Civil Veterinary Dept. Bombay admin report 1907-1913 - 1907-1913
Year: 1907
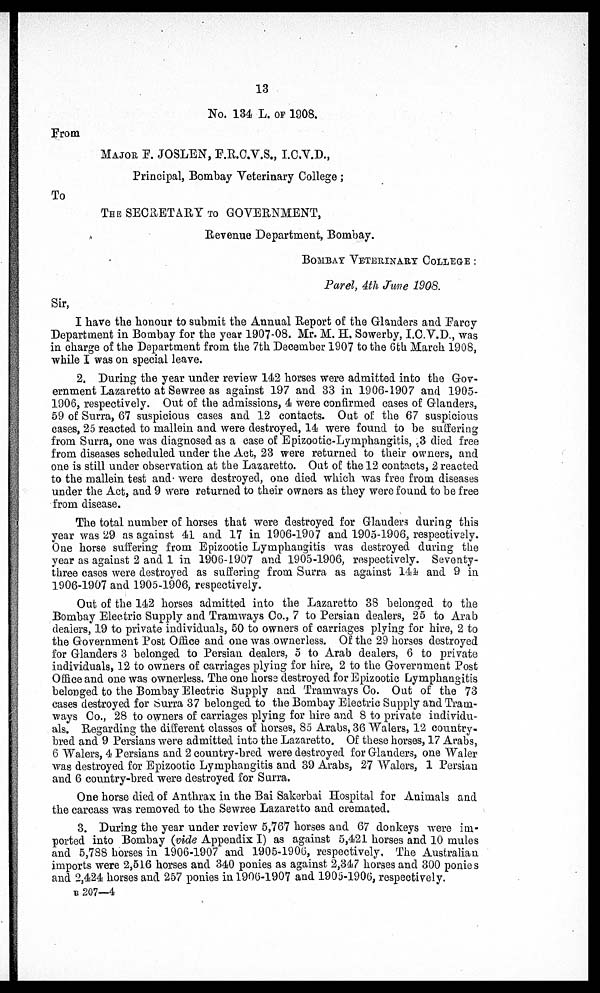
13
No. 134 L. OF 1908.
Prom
MAJOR E. JOSLEN, F.R.C.V.S., I.C.V.D.,
Principal, Bombay Veterinary College;
To
THE SECRETARY TO GOVERNMENT,
Revenue Department, Bombay.
BOMBAY VETERINARY COLLEGE:
Parel, 4th June 1908.
Sir,
I have the honour to submit the Annual Report of the Glanders and Farcy
Department in Bombay for the year 1907-08. Mr. M. H. Sowerby, I.C.V.D., was
in charge of the Department from the 7th December 1907 to the 6th March 1908,
while I was on special leave.
2. During the year under review 142 horses were admitted into the Gov-
ernment Lazaretto at Sewree as against 197 and 33 in 1906-1907 and 1905-
1906, respectively. Out of the admissions, 4 were confirmed cases of Glanders,
59 of Surra, 67 suspicious cases and 12 contacts. Out of the 67 suspicious
cases, 25 reacted to mallein and were destroyed, 14 were found to be suffering
from Surra, one was diagnosed as a case of Epizootic-Lymphangitis, 3 died free
from diseases scheduled under the Act, 23 were returned to their owners, and
one is still under observation at the Lazaretto. Out of the 12 contacts, 2 reacted
to the mallein test and were destroyed, one died which was free from diseases
under the Act, and 9 were returned to their owners as they were found to be free
from disease.
The total number of horses that were destroyed for Glanders during this
year was 29 as against 41 and 17 in 1906-1907 and 1905-1906, respectively.
One horse suffering from Epizootic Lymphangitis was destroyed during the
year as against 2 and 1 in 1906-1907 and 1905-1906, respectively. Seventy-
three cases were destroyed as suffering from Surra as against 144 and 9 in
1906-1907 and 1905-1906, respectively.
Out of the 142 horses admitted into the Lazaretto 38 belonged to the
Bombay Electric Supply and Tramways Co., 7 to Persian dealers, 25 to Arab
dealers, 19 to private individuals, 50 to owners of carriages plying for hire, 2 to
the Government Post Office and one was ownerless. Of the 29 horses destroyed
for Glanders 3 belonged to Persian dealers, 5 to Arab dealers, 6 to private
individuals, 12 to owners of carriages plying for hire, 2 to the Government Post
Office and one was ownerless. The one horse destroyed for Epizootic Lymphangitis
belonged to the Bombay Electric Supply and Tramways Co. Out of the 73
cases destroyed for Surra 37 belonged to the Bombay Electric Supply and Tram-
ways Co., 28 to owners of carriages plying for hire and 8 to private individu-
als. Regarding the different classes of horses, 85 Arabs, 36 Walers, 12 country-
bred and 9 Persians were admitted into the Lazaretto. Of these horses, 17 Arabs,
6 Walers, 4 Persians and 2 country-bred were destroyed for Glanders, one Waler
was destroyed for Epizootic Lymphangitis and 39 Arabs, 27 Walers, 1 Persian
and 6 country-bred were destroyed for Surra.
One horse died of Anthrax in the Bai Sakerbai Hospital for Animals and
the carcass was removed to the Sewree Lazaretto and cremated.
3. During the year under review 5,767 horses and 67 donkeys were im-
ported into Bombay (vide Appendix I) as against 5,421 horses and 10 mules
and 5,788 horses in 1906-1907 and 1905-1906, respectively. The Australian
imports were 2,516 horses and 340 ponies as against 2,347 horses and 300 ponies
and 2,424 horses and 257 ponies in 1906-1907 and 1905-1906, respectively.
B 207—4